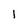
Character: 1